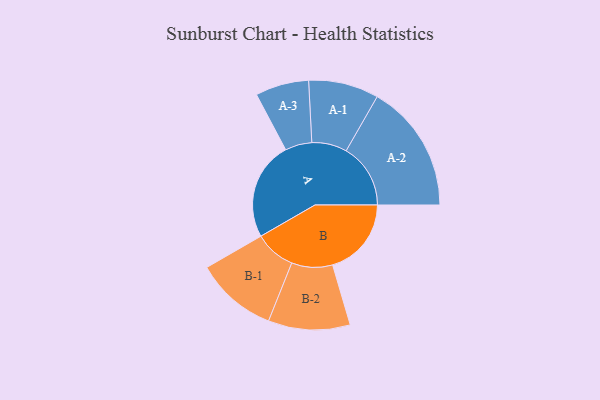
{"axis": {"x": "Segment", "y": "Value"}, "legend": ["", "A", "B"], "data": [{"x": "A", "y": 390, "type": ""}, {"x": "B", "y": 312, "type": ""}, {"x": "A-1", "y": 139, "type": "A"}, {"x": "A-2", "y": 255, "type": "A"}, {"x": "A-3", "y": 106, "type": "A"}, {"x": "B-1", "y": 162, "type": "B"}, {"x": "B-2", "y": 162, "type": "B"}]}